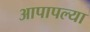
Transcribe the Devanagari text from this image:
आपापल्‍या